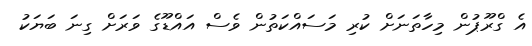
އެ ގްރޫޕުން މިހާތަނަށް ކުރި މަސައްކަތުން ވެސް އައްޑޫގެ ވަރަށް ގިނަ ބަޔަކު